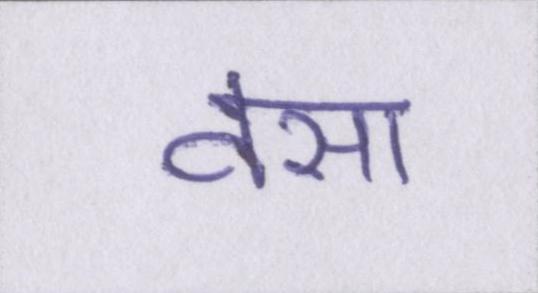
वसा